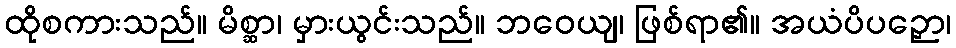
ထိုစကားသည်။ မိစ္ဆာ၊ မှားယွင်းသည်။ ဘဝေယျ၊ ဖြစ်ရာ၏။ အယံပိပဉှော၊